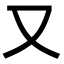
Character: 又